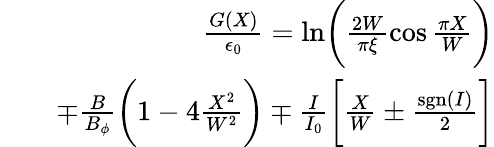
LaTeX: \begin{array}{rlr}&{}&{\frac{G(X)}{\epsilon_{0}}=\ln\biggl(\frac{2W}{\pi\xi}\cos\frac{\pi X}{W}\biggr)}\\ &{}&{\mp\frac{B}{B_{\phi}}\biggl(1-4\frac{X^{2}}{W^{2}}\biggr)\mp\frac{I}{I_{0}}\biggl[\frac{X}{W}\pm\frac{\mathrm{sgn}(I)}{2}\biggr]}\end{array}